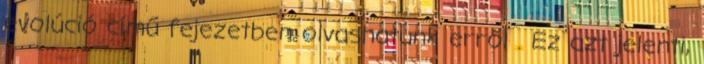
evolúció című fejezetben olvashatunk erről . Ez azt jelenti,